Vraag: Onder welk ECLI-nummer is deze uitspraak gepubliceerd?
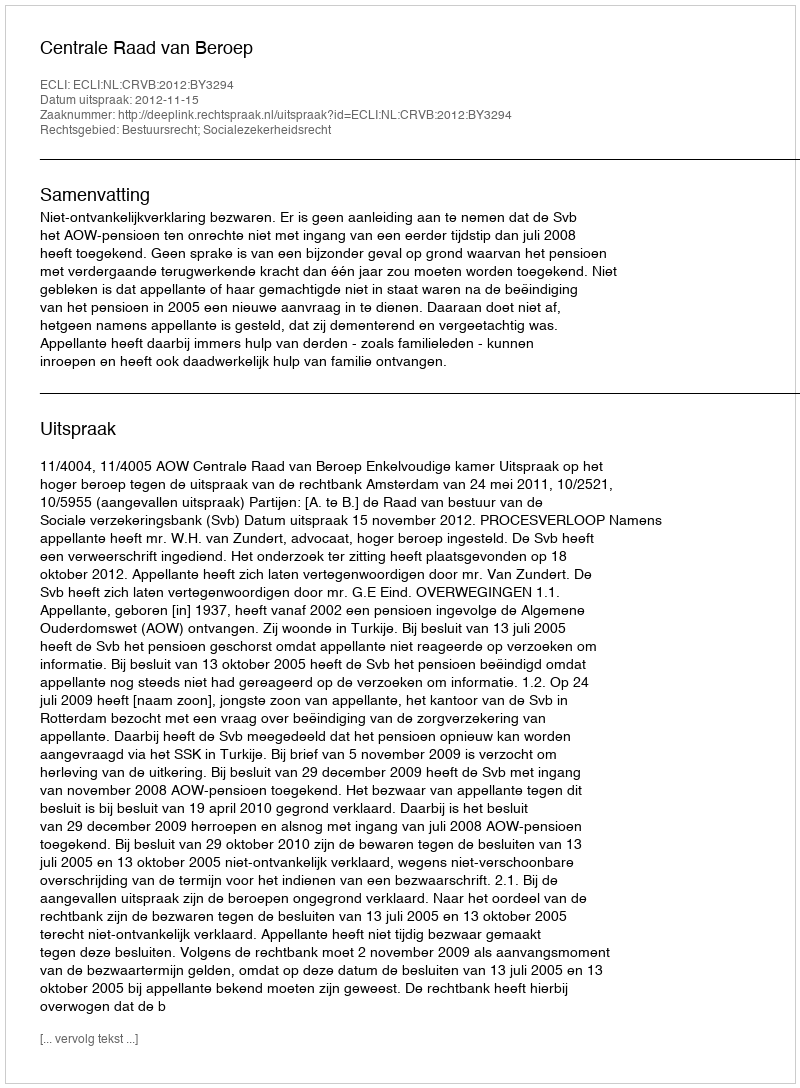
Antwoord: ECLI:NL:CRVB:2012:BY3294